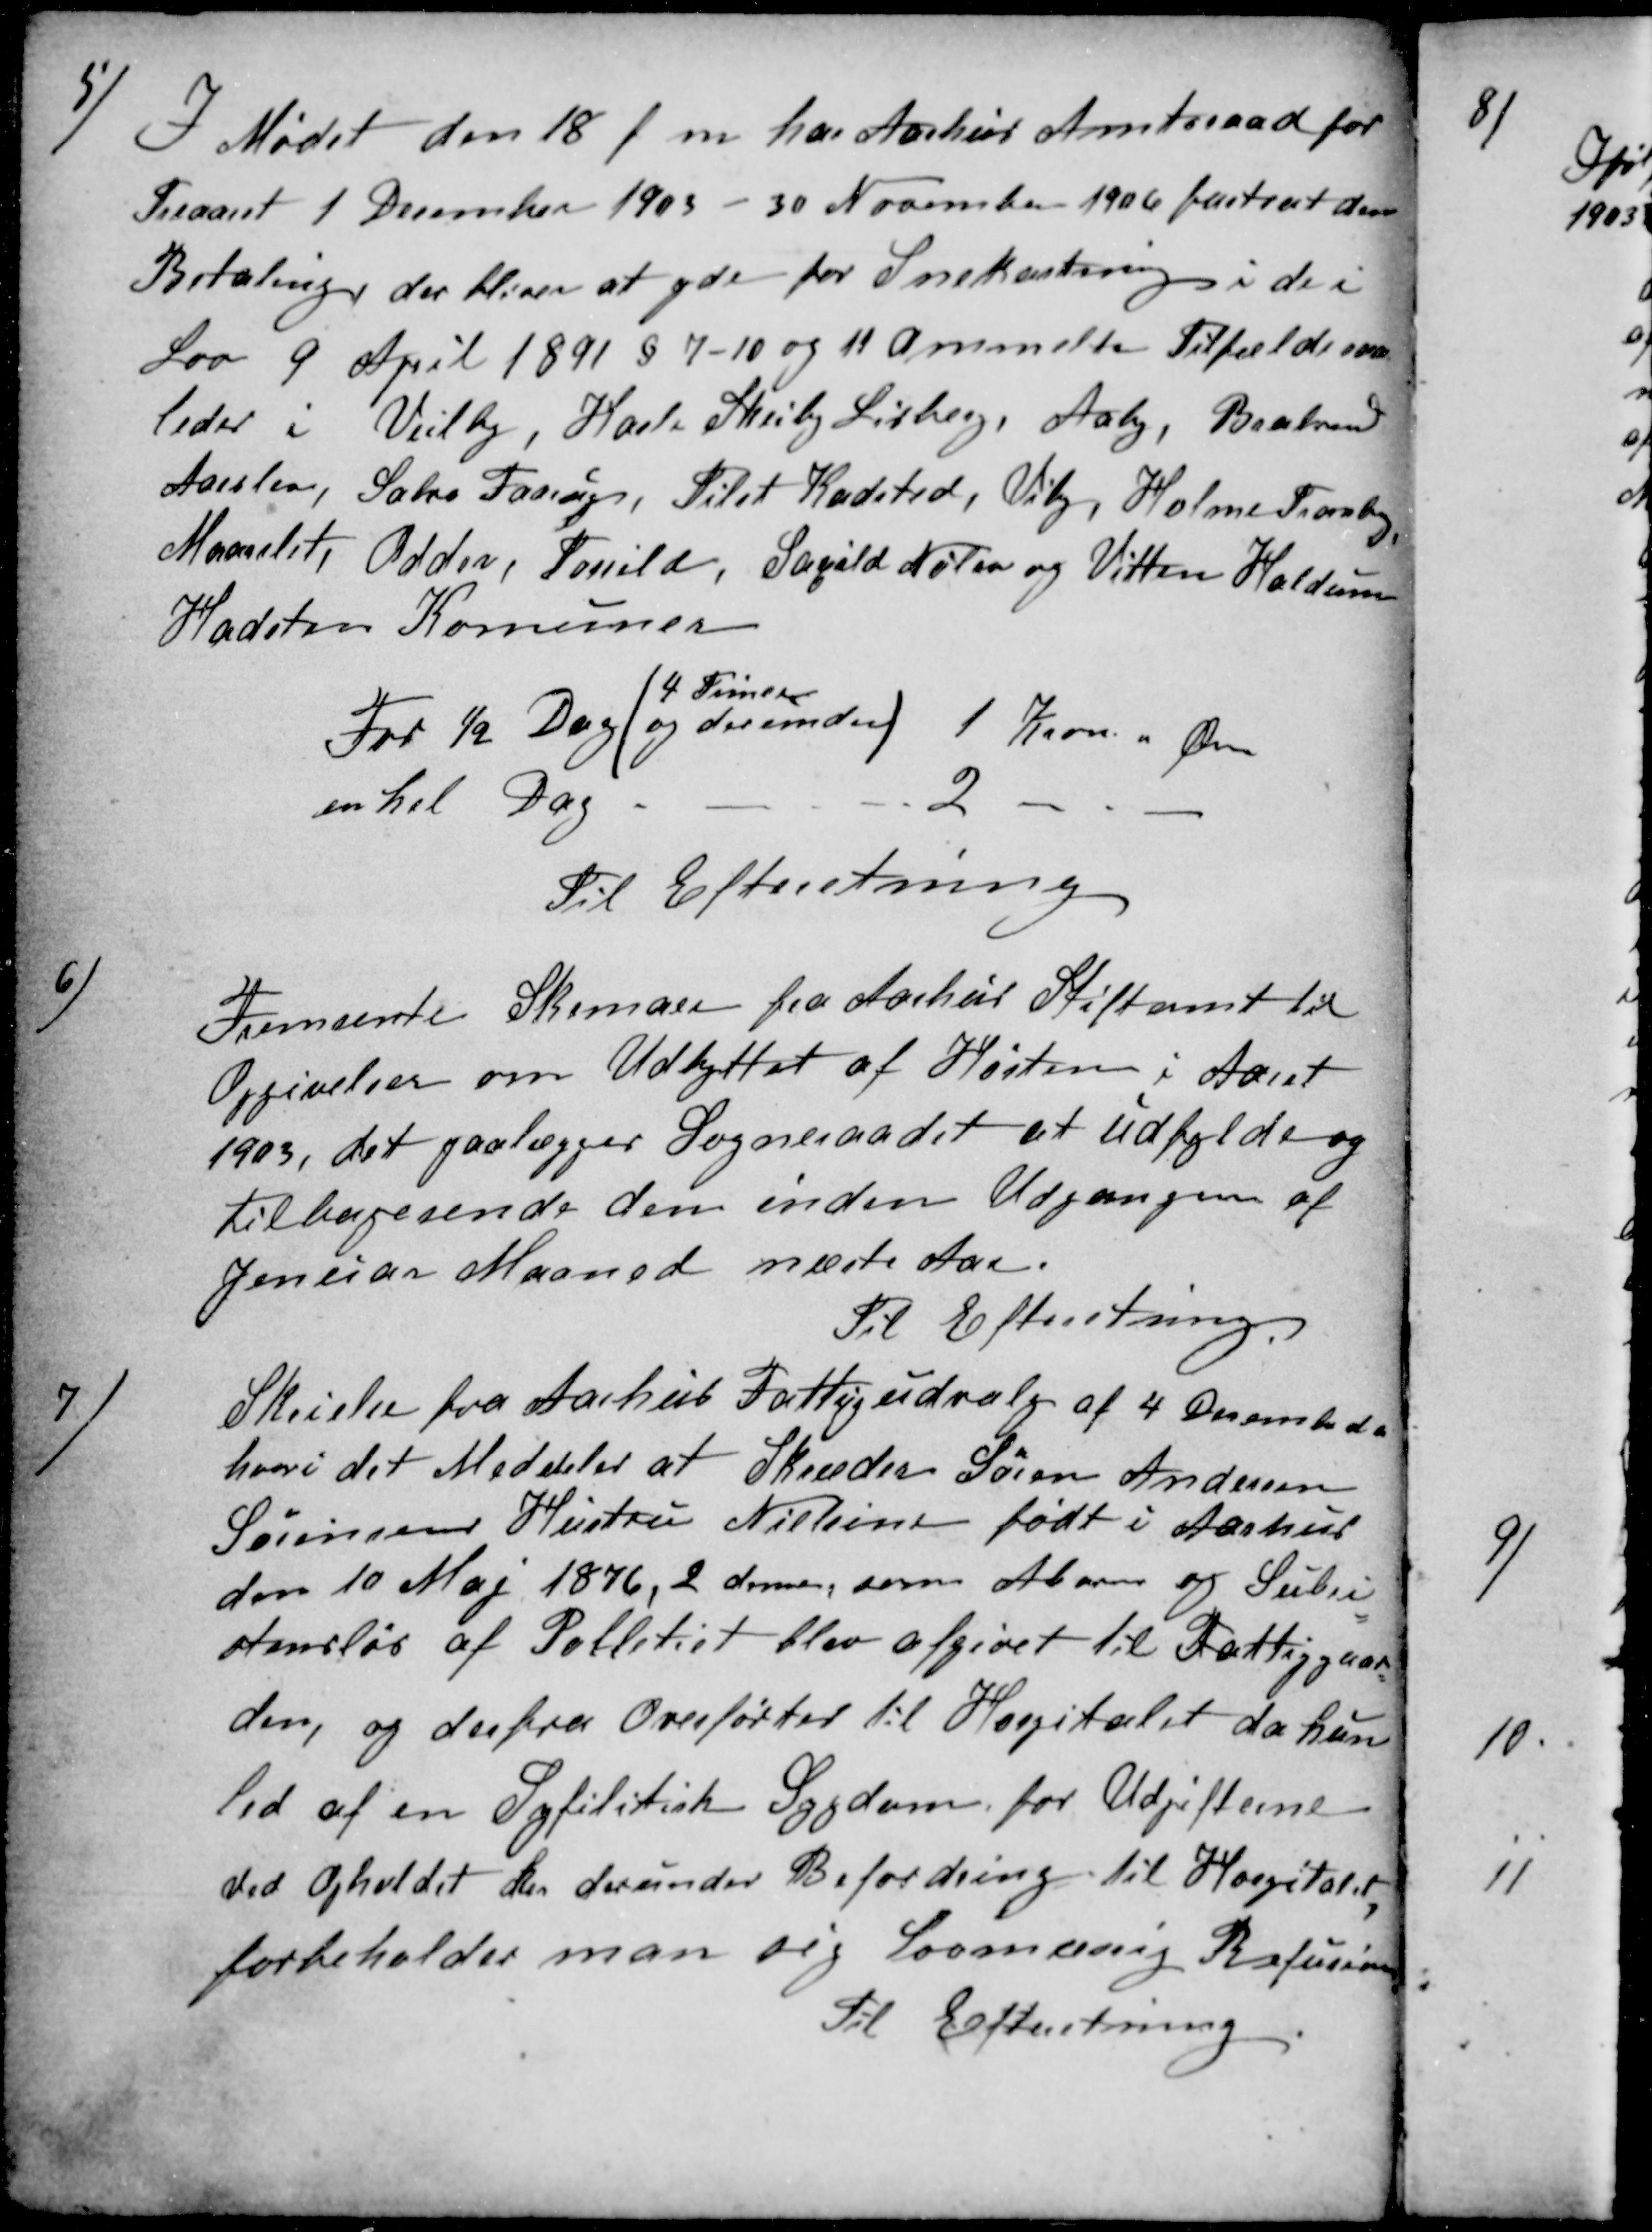
Transskription:
5)
I Mødet den 18 f m har Aarhus Amtsraad for
Treaaret 1 December 1903 - 30 November 1906 fastsat den
Betaling, der bliver at yde for Snekastning i de i
Lov 9 April 1891 § 7-10 og 11 ammelte Tilfælde som
leder i Veilby, Hasle Skeiby Lisberg, Aaby, Brabrand
Aarslev, Sabro Faarup, Tilst Kadsted, Viby, Holme Tranbj
Maarslet, Odder, Torrild, Saxild Nølev og Vitten Haldum
Hadsten Komuner
For ½ Dag
4 Timer
(og derunder)
1 Krone Øre
en hel Dag
2
Til Efterretning
6)
Fremsente Skemaer fra Aarhus Stiftamt til
Opgivelser om Udbyttet af Høsten i Aaret
1903, det paalægges Sogneraadet at udfylde og
tilbagesende dem inden Udgangen af
Januar Maaned næste Aar.
Til Efterretning.
7
Skrielse fra Aarhus Fattigudvalg af 4 December d a
hvori det Meddeles at Skræder Søren Andersen
Sørensens Hustru Nielsine født i Aarhus
den 10 Maj 1876, 2 dennes, som Abeids og Subsi-
stensløs af Politiet blev afgivet til Fattiggaar
den, og derfra Overførtes til Hospitalet da hun
led af en Syfilitisk Sygdom for Udgifterne
ved Opholdet her derunder Befordring til Hospitalet,
forbeholder man sig Lovmæsig Refusion
Til Efterretning